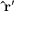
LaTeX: \mathbf { { \hat { r } } ^ { \prime } }